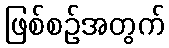
ဖြစ်စဉ်အတွက်